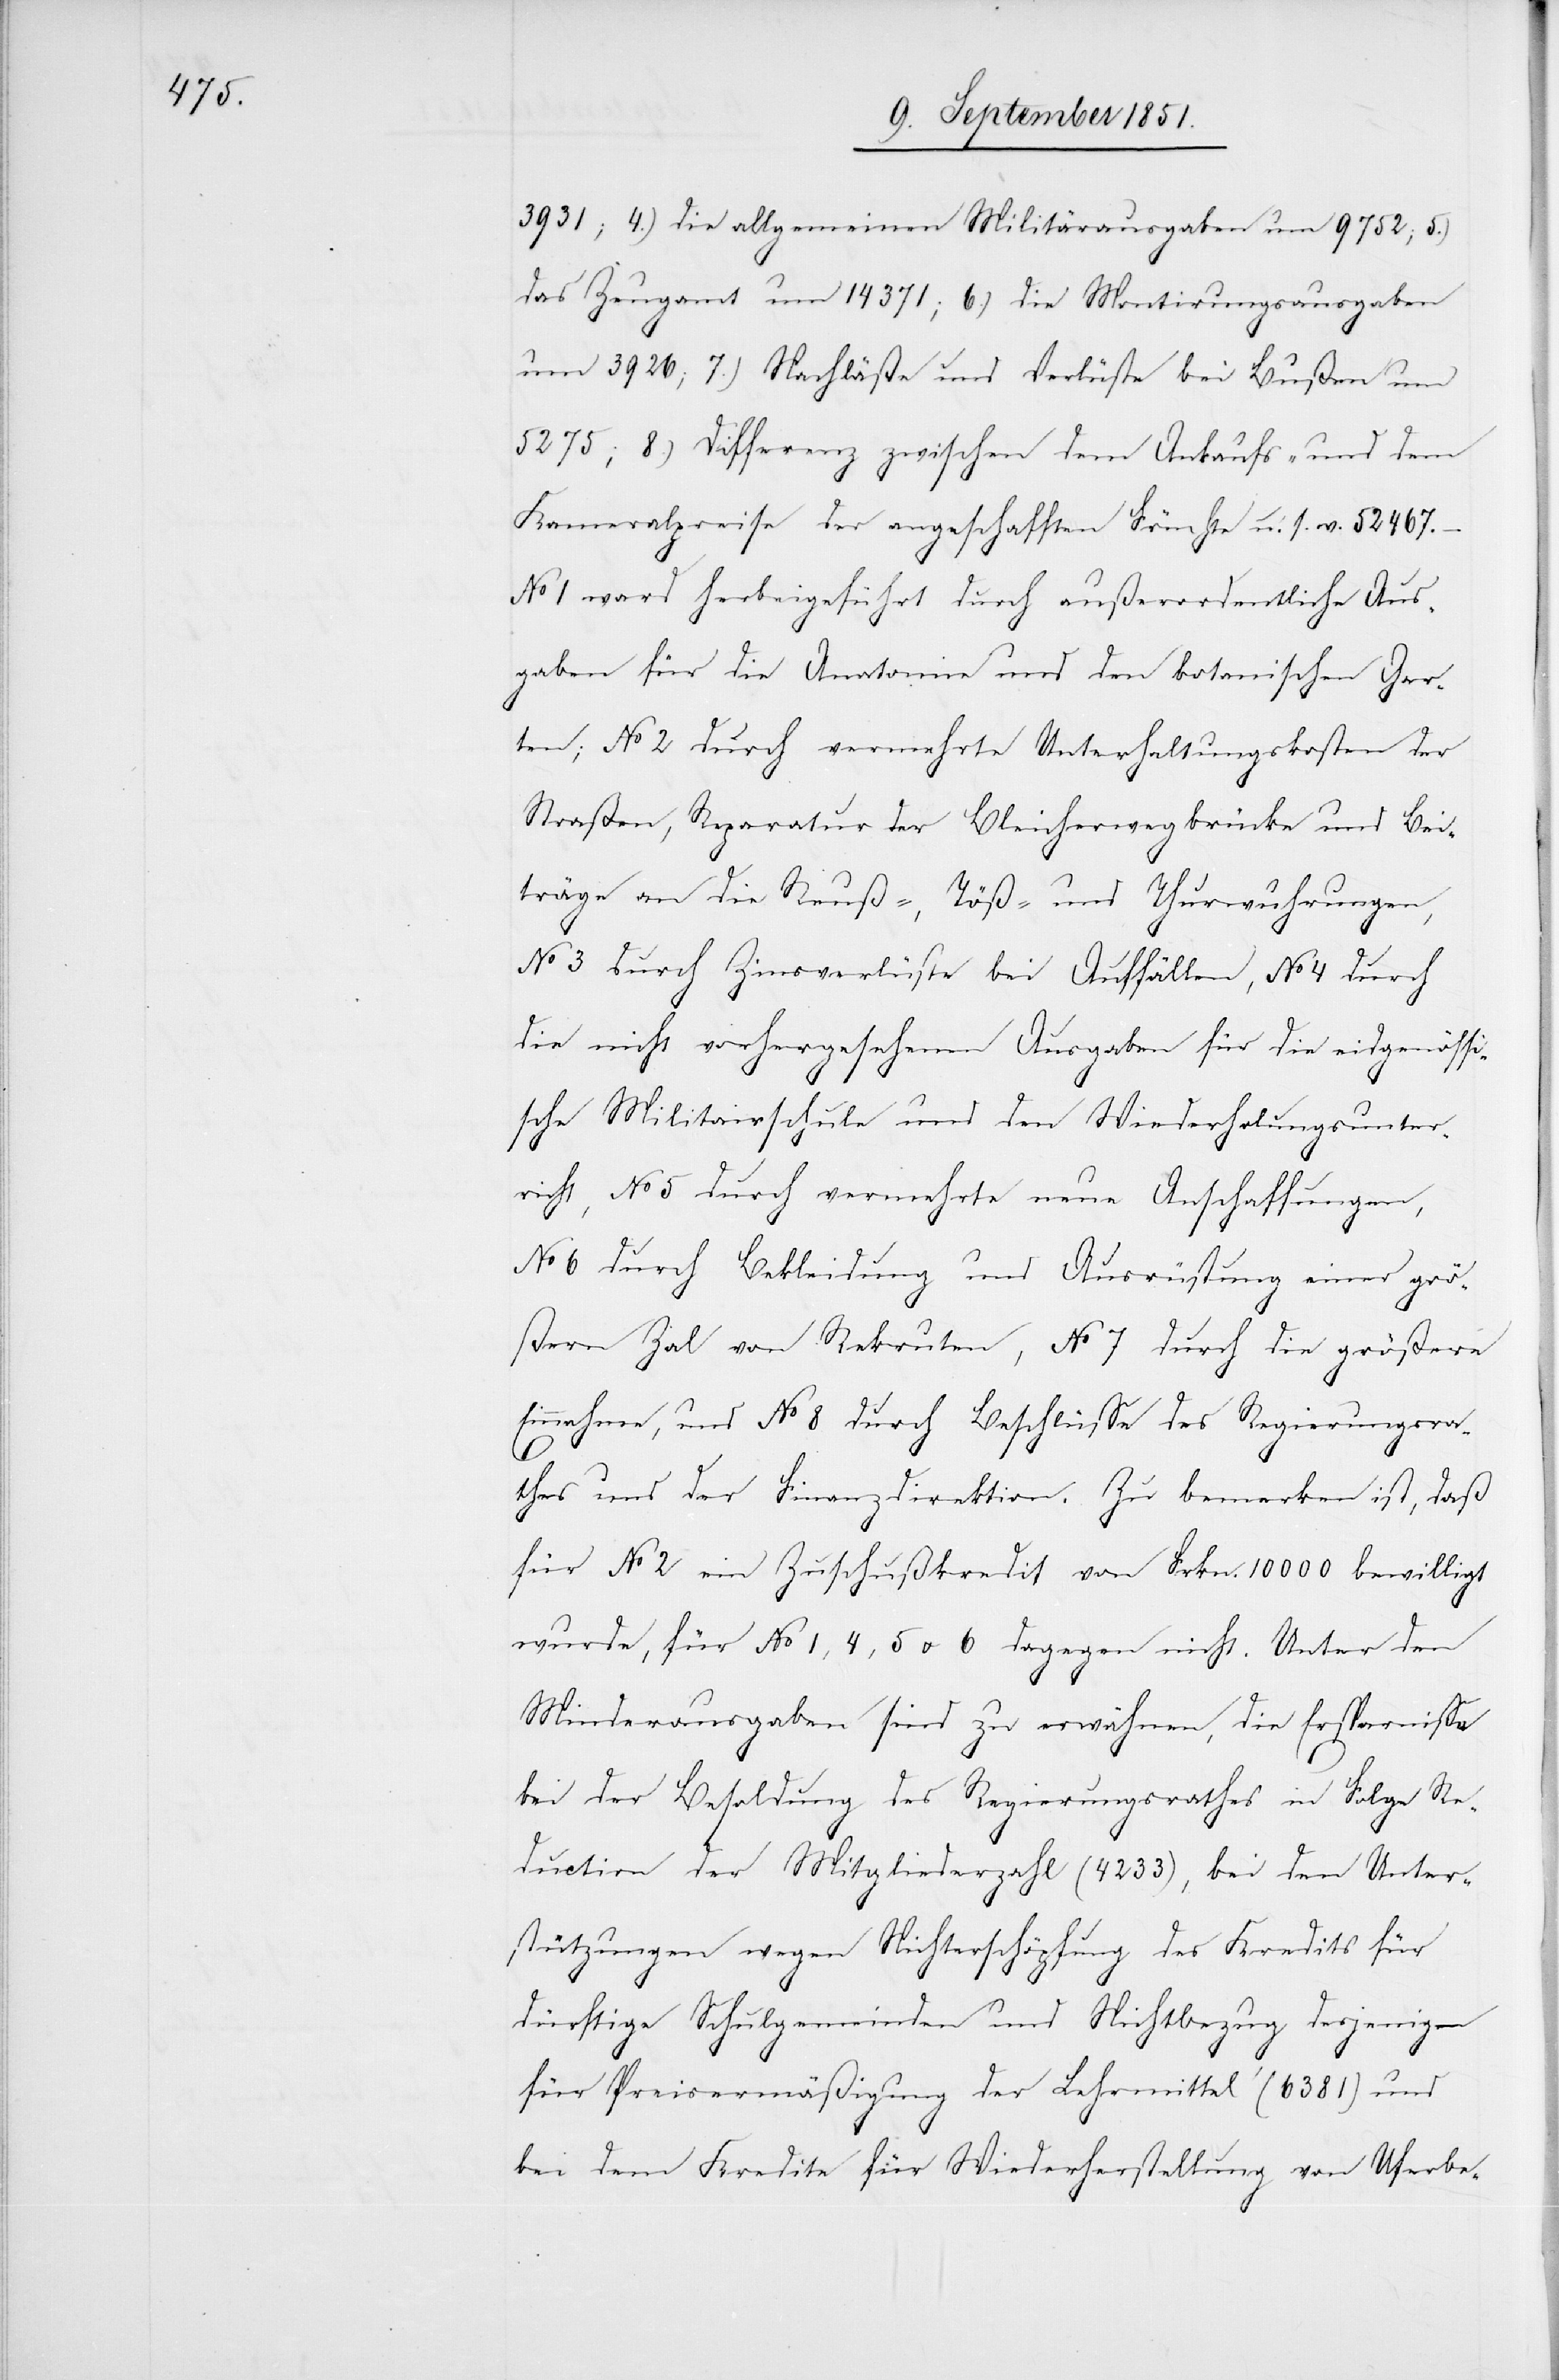
3931; 4.) die allgemeinen Militärausgaben um 9752; 5.)
das Zeugamt um 14 371; 6.) die Montirungsausgaben
um 3926; 7.) Nachläße und Verlüste bei Bußen um
5275; 8.) Differenz zwischen dem Ankaufs- und dem
Kameralpreise der angeschafften Früchte u. s. w. 52 467.
No 1 ward herbeigeführt durch außerordentliche Aus¬
gaben für die Anatomie und den botanischen Gar¬
ten; No 2 durch vermehrte Unterhaltungskosten der
Straßen, Reparatur der Bleicherwegbrücke und Bei¬
träge an die Reuß-, Töß- und Thurwuhrungen,
No 3 durch Zinsverlüste bei Auffällen, No 4 durch
die nicht vorhergesehenen Ausgaben für die eidgenössi¬
sche Militairschule und den Wiederholungsunter¬
richt, No 5 durch vermehrte neue Anschaffungen,
No 6 durch Bekleidung und Ausrüstung einer grö¬
ßern Za[h]l von Rekruten, No 7 durch die größere
Einnahme, und No 8 durch Beschlüsse des Regierungsra¬
thes und der Finanzdirektion. Zu bemerken ist, daß
für No 2 ein Zuschußkredit von Frkn. 10000 bewilligt
wurde, für No 1, 4, 5 u. 6 dagegen nicht. Unter den
Minderausgaben sind zu erwähnen, die Ersparnisse
bei der Besoldung des Regierungsrathes in Folge Re¬
duction der Mitgliederzahl (4233), bei den Unter¬
stützungen wegen Nichterschöpfung des Kredits für
dürftige Schulgemeinden und Nichtbezug desjenigen
für Preisermäßigung der Lehrmittel (6381) und
bei dem Kredite für Wiederherstellung von Uferbe-